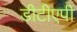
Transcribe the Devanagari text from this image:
डीटीएपी